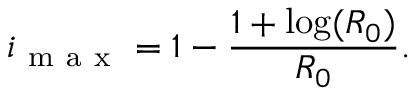
i _ { \mathrm { ~ m ~ a ~ x ~ } } = 1 - \frac { 1 + \log ( R _ { 0 } ) } { R _ { 0 } } .